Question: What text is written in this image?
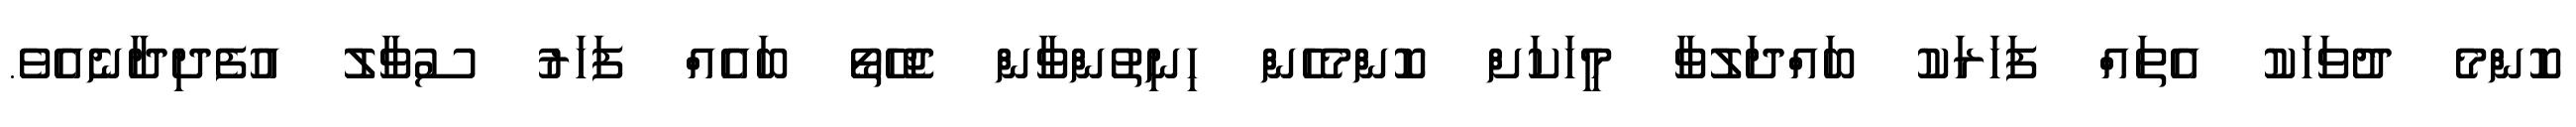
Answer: ކޮންމެ ދުވަހަކު އެތައް ފަހަރަކު ބައްދަލުވާ މީހަކަށް ކޮންމެހެން ހިނިތުންވާން ޖެހޭތޯ ބައެއް ފަހަރު ސުވާލު އުފެދިދާނެއެވެ.